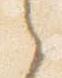
之